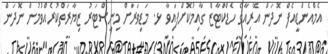
އެމްއެންޑީއެފް ނޮދަން އޭރިއާގެ ހެޑްކްާޓާޒް ގާއިމުކޮށްފައިވާ ޅ. މަޑިވަރަށް މިނިސްޓަރު ޒިޔާރަތްކުރެއްވުމުން ނޮދަން